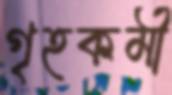
গৃহকর্মী